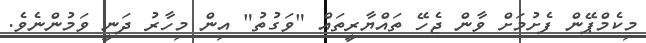
މިކެމްޕޭން ފެށުމަށް ވާން ޖެހޭ ތައްޔާރީތައް "ވަގުތު" އިން މިހާރު ދަނީ ވަމުންނެވެ.